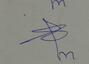
Signature authenticity: genuine